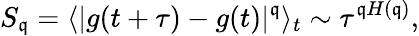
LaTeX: S_{\mathfrak{q}}=\langle|g(t+\tau)-g(t)|^{\mathfrak{q}}\rangle_{t}\sim\tau^{\mathfrak{q}H(\mathfrak{q})},